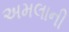
અમલાની